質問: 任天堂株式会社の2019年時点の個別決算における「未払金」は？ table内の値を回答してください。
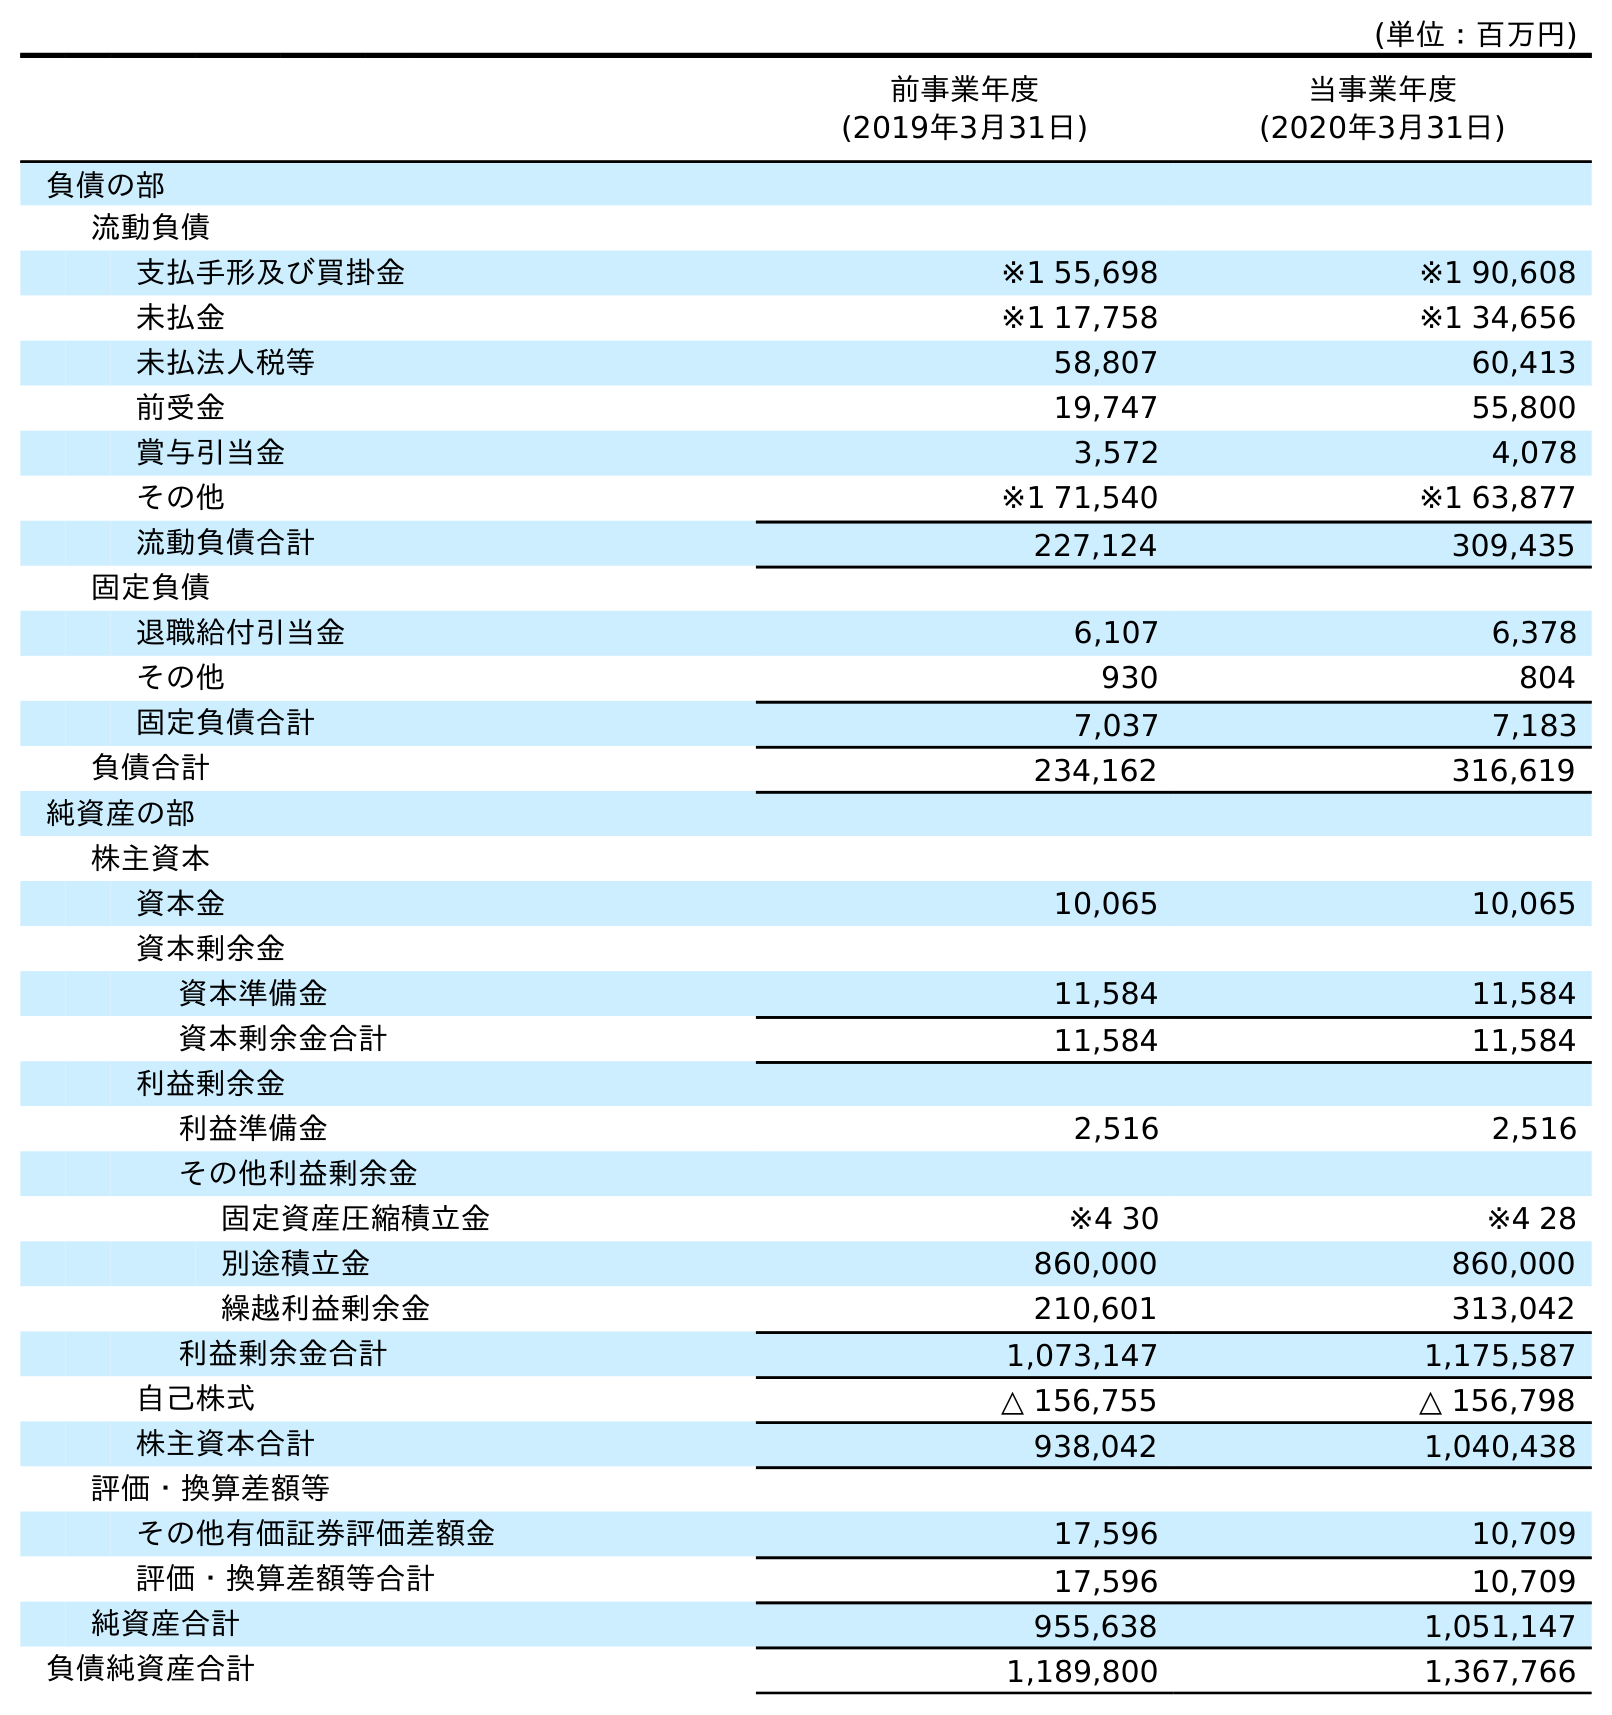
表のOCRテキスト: (単位：百万円) 前事業年度 (2019年3月31日) 当事業年度 (2020年3月31日) 負債の部 流動負債 支払手形及び買掛金 ※1 55,698 ※1 90,608 未払金 ※1 17,758 ※1 34,656 未払法人税等 58,807 60,413 前受金 19,747 55,800 賞与引当金 3,572 4,078 その他 ※1 71,540 ※1 63,877 流動負債合計 227,124 309,435 固定負債 退職給付引当金 6,107 6,378 その他 930 804 固定負債合計 7,037 7,183 負債合計 234,162 316,619 純資産の部 株主資本 資本金 10,065 10,065 資本剰余金 資本準備金 11,584 11,584 資本剰余金合計 11,584 11,584 利益剰余金 利益準備金 2,516 2,516 その他利益剰余金 固定資産圧縮積立金 ※4 30 ※4 28 別途積立金 860,000 860,000 繰越利益剰余金 210,601 313,042 利益剰余金合計 1,073,147 1,175,587 自己株式 △ 156,755 △ 156,798 株主資本合計 938,042 1,040,438 評価・換算差額等 その他有価証券評価差額金 17,596 10,709 評価・換算差額等合計 17,596 10,709 純資産合計 955,638 1,051,147 負債純資産合計 1,189,800 1,367,766
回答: ※117,758